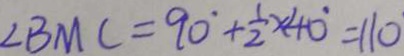
\angle B M C = 9 0 ^ { \circ } + \frac { 1 } { 2 } \times 4 0 ^ { \circ } = 1 1 0